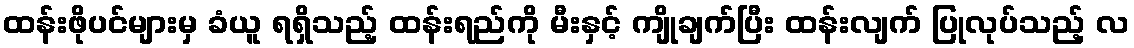
ထန်းဖိုပင်များမှ ခံယူ ရရှိသည့် ထန်းရည်ကို မီးနှင့် ကျိုချက်ပြီး ထန်းလျက် ပြုလုပ်သည့် လ